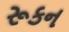
રૂકન